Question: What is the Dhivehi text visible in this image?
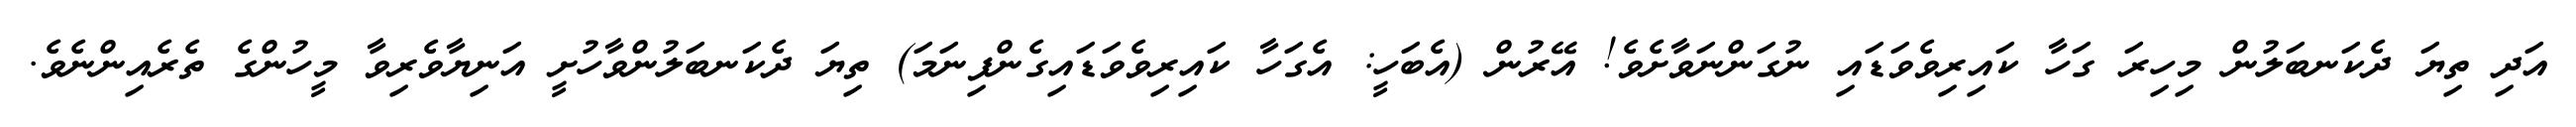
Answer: އަދި ތިޔަ ދެކަނބަލުން މިހިރަ ގަހާ ކައިރިވެވަޑައި ނުގަންނަވާށެވެ! އޭރުން (އެބަހީ: އެގަހާ ކައިރިވެވަޑައިގެންފިނަމަ) ތިޔަ ދެކަނބަލުންވާހުށީ އަނިޔާވެރިވާ މީހުންގެ ތެރެއިންނެވެ.